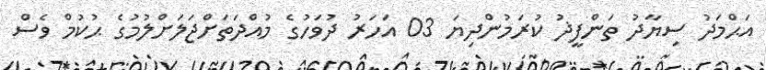
އަޙްމަދު ސިޔާދު ތަންފީޛު ކުރަމުންދިޔަ 03 އަހަރު ދުވަހުގެ މުއްދަތަށްޖަލަށްލުމުގެ ޙުކުމް ވެސް